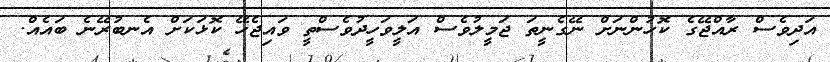
އަދިވެސް ރާއްޖޭގެ ކޮހުންނަށް ނޭގެނީތަ ޖަމީލުވެސް އަލީވަހީދުވެސްތީ ވައިޖެހޭ ކޮޅަކަށް އެނބުރޭނެ ބައެއް.